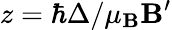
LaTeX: z=\hbar\Delta/\mu_{\mathbf{B}}\mathbf{B}^{\prime}